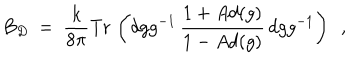
B _ { D } \ = \ \frac { k } { 8 \pi } \mathrm { T r } \, \left( d g g ^ { - 1 } \, \frac { 1 + A d ( g ) } { 1 - A d ( g ) } \, d g g ^ { - 1 } \right) \ \ ,